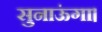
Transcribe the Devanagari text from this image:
सुनाऊंगा।